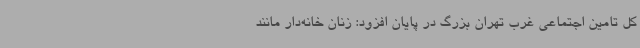
کل تامین اجتماعی غرب تهران بزرگ در پایان افزود: زنان خانه‌دار مانند